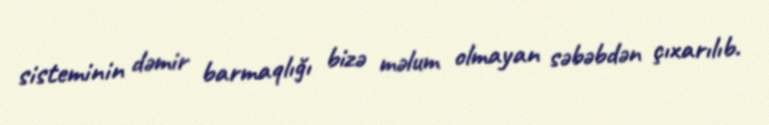
sisteminin dəmir barmaqlığı bizə məlum olmayan səbəbdən çıxarılıb.